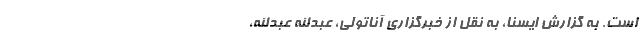
است. به گزارش ایسنا، به نقل از خبرگزاری آناتولی، عبدالله عبدالله،